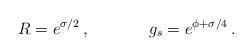
LaTeX: \begin{align*}R = e^{\sigma/2}\, ,\hskip 1.5truecm g_s =e^{\phi + \sigma/4}\, .\end{align*}